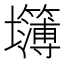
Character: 𰋅